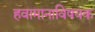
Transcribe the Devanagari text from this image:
हवामानाविषयक